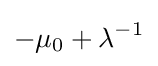
-\mu _{0}+\lambda ^{-1}